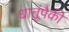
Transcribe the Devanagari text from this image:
धातूंपैकी